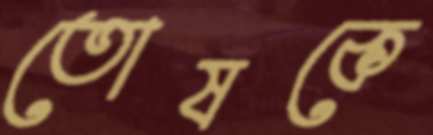
তোষকে